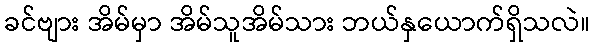
ခင်ဗျား အိမ်မှာ အိမ်သူအိမ်သား ဘယ်နှယောက်ရှိသလဲ။